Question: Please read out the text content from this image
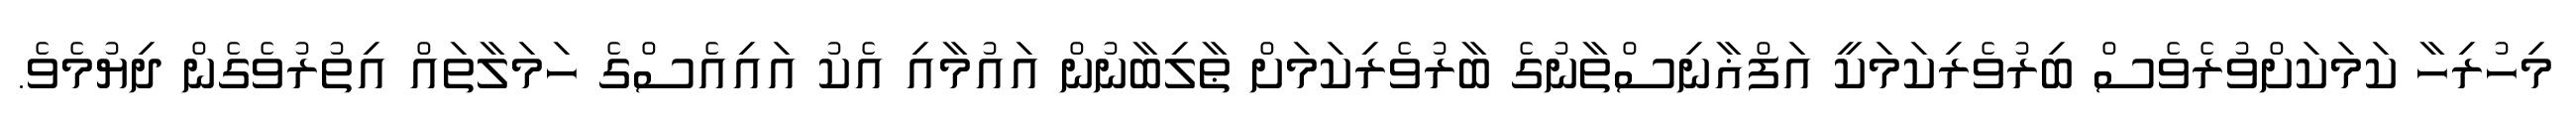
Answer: މިހުރިހާ ކަމަކަށްވުރެވެސް ބިރުވެރިކަމަކީ އަފްޣާނިސްތާނުގެ ބާރުވެރިކަމަށް ޠާލިބާނުން އައުމާއި އެކު އައިއެސްގެ ހަމަލާތައް އިތުރުވެގެން ދިޔުމެވެ.